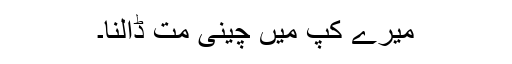
میرے کپ میں چینی مت ڈالنا۔